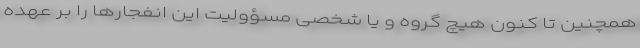
همچنین تا کنون هیچ گروه و یا شخصی مسؤولیت این انفجارها را بر عهده